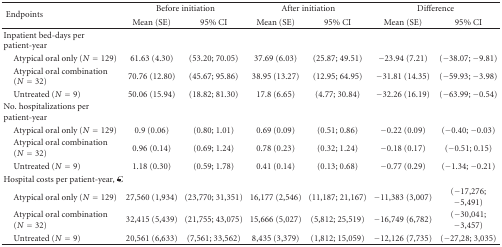
<table><thead><tr><td rowspan="2"><b> Endpoints</b></td><td colspan="2"><b>Before initiation</b></td><td colspan="2"><b>After initiation</b></td><td colspan="2"><b>Difference</b></td></tr><tr><td><b>Mean (SE)</b></td><td><b>95% CI</b></td><td><b>Mean (SE)</b></td><td><b>95% CI</b></td><td><b>Mean (SE)</b></td><td><b>95% CI</b></td></tr></thead><tbody><tr><td>Inpatient bed-days per patient-year</td><td></td><td></td><td></td><td></td><td></td><td></td></tr><tr><td> Atypical oral only (<i>N</i> = 129)</td><td>61.63 (4.30)</td><td>(53.20; 70.05)</td><td>37.69 (6.03)</td><td>(25.87; 49.51)</td><td>−23.94 (7.21)</td><td>(−38.07; −9.81)</td></tr><tr><td> Atypical oral Combination (<i>N</i> = 32)</td><td>70.76 (12.80)</td><td>(45.67; 95.86)</td><td>38.95 (13.27)</td><td>(12.95; 64.95)</td><td>−31.81 (14.35)</td><td>(−59.93; −3.98)</td></tr><tr><td> Untreated (<i>N</i> = 9)</td><td>50.06 (15.94)</td><td>(18.82; 81.30)</td><td>17.8 (6.65)</td><td>(4.77; 30.84)</td><td>−32.26 (16.19)</td><td>(−63.99; −0.54)</td></tr><tr><td>No. hospitalizations per patient-year</td><td></td><td></td><td></td><td></td><td></td><td></td></tr><tr><td> Atypical oral only (<i>N</i> = 129)</td><td>0.9 (0.06)</td><td>(0.80; 1.01)</td><td>0.69 (0.09)</td><td>(0.51; 0.86)</td><td>−0.22 (0.09)</td><td>(−0.40; −0.03)</td></tr><tr><td> Atypical oral Combination (<i>N</i> = 32)</td><td>0.96 (0.14)</td><td>(0.69; 1.24)</td><td>0.78 (0.23)</td><td>(0.32; 1.24)</td><td>−0.18 (0.17)</td><td>(−0.51; 0.15)</td></tr><tr><td> Untreated (<i>N</i> = 9)</td><td>1.18 (0.30)</td><td>(0.59; 1.78)</td><td>0.41 (0.14)</td><td>(0.13; 0.68)</td><td>−0.77 (0.29)</td><td>(−1.34; −0.21)</td></tr><tr><td>Hospital costs per patient-year, €</td><td></td><td></td><td></td><td></td><td></td><td></td></tr><tr><td> Atypical oral only (<i>N</i> = 129)</td><td>27,560 (1,934)</td><td>(23,770; 31,351)</td><td>16,177 (2,546)</td><td>(11,187; 21,167)</td><td>−11,383 (3,007)</td><td>(−17,276; −5,491)</td></tr><tr><td> Atypical oral Combination (<i>N</i> = 32)</td><td>32,415 (5,439)</td><td>(21,755; 43,075)</td><td>15,666 (5,027)</td><td>(5,812; 25,519)</td><td>−16,749 (6,782)</td><td>(−30,041; −3,457)</td></tr><tr><td> Untreated (<i>N</i> = 9)</td><td>20,561 (6,633)</td><td>(7,561; 33,562)</td><td>8,435 (3,379)</td><td>(1,812; 15,059)</td><td>−12,126 (7,735)</td><td>(−27,28; 3,035)</td></tr></tbody></table>